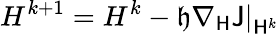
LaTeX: H^{k+1}=H^{k}-\mathfrak{h}\left.\nabla_{\mathsf{{H}}}\mathsf{{J}}\right|_{\mathsf{{H}}^{k}}